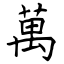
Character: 萬